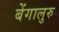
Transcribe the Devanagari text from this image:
बेंगालुरु